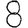
Digit: 8